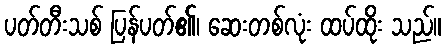
ပတ်တီးသစ် ပြန်ပတ်၏၊ ဆေးတစ်လုံး ထပ်ထိုး သည်။